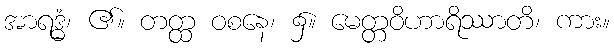
အာရဒ္ဓံ၊ ၏။ တတ္ထ ဝစနေ၊ ၌။ မေတ္တဝိဟာရိဿာတိ၊ ကား။